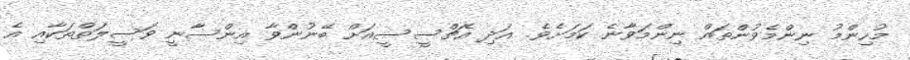
މުހިންމު ނިންމެވުންތައް ނިންމަވާނެ ކަމަށެވެ. އަދި އެޗްސީސީއަށް ބޭނުންވާ އިންސާނީ ވަސީލަތްތަކާއި އެ